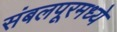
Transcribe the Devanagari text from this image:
संबलपूरमध्ये